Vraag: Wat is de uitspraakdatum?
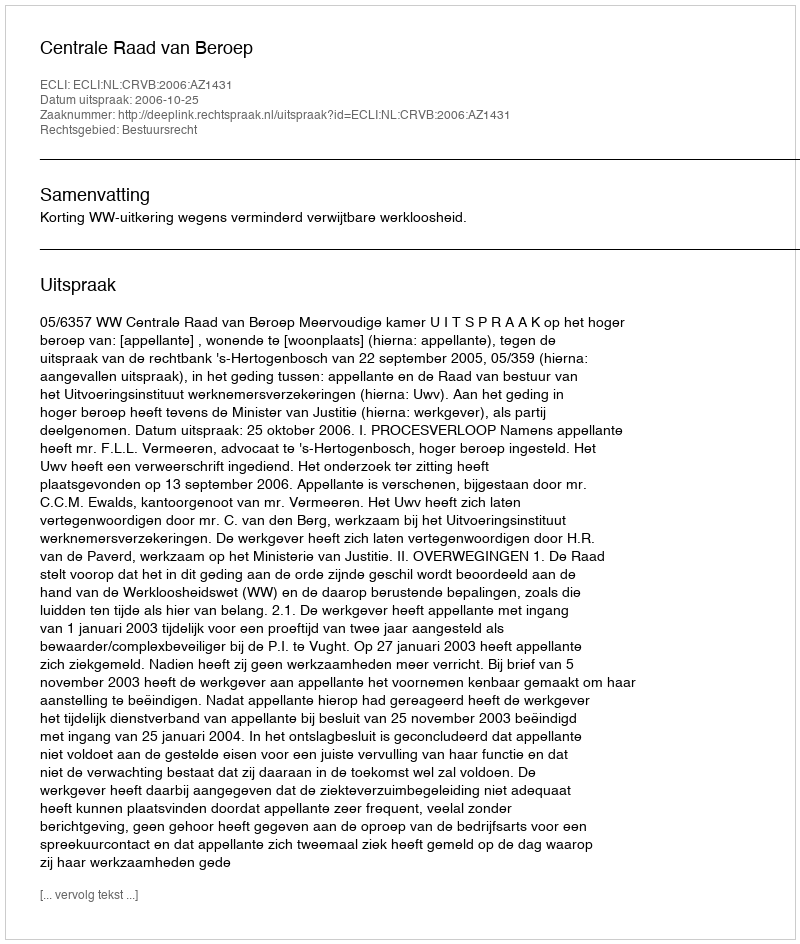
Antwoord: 2006-10-25